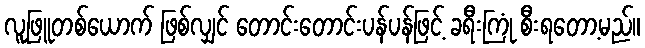
လူဖြူတစ်ယောက် ဖြစ်လျှင် တောင်းတောင်းပန်ပန်ဖြင့် ခရီးကြုံ စီးရတော့မည်။